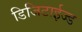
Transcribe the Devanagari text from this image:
डिजिटाईज्ड